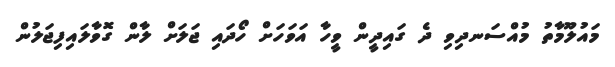
މައުލޫމާތު މުއްސަނދިވި ދެ ގައިދީން ވީހާ އަވަހަށް ހޯދައި ޖަލަށް ލާން ގޮވާލައިފިޖަލުން